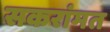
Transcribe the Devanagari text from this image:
सकरांमत